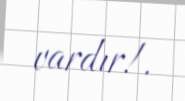
vardır!.